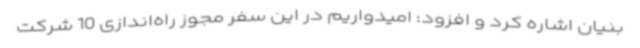
بنیان اشاره کرد و افزود: امیدواریم در این سفر مجوز راه‌اندازی 10 شرکت